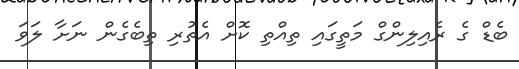
ބެޑް ގެ ރެއިލިންގް މަތީގައި ތިއްތި ކޮށް އެތުރި ތިބެގެން ނަށާ ލަވަ